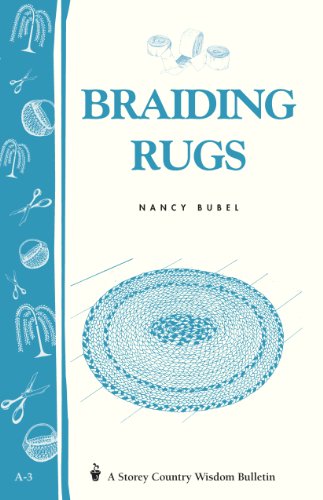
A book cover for Braiding Rugs: A Storey Country Wisdom Bulletin A-03; Nancy Bubel; Crafts, Hobbies & Home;